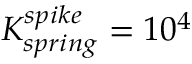
K _ { s p r i n g } ^ { s p i k e } = 1 0 ^ { 4 }